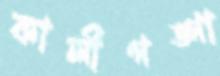
কালীগঙ্গা